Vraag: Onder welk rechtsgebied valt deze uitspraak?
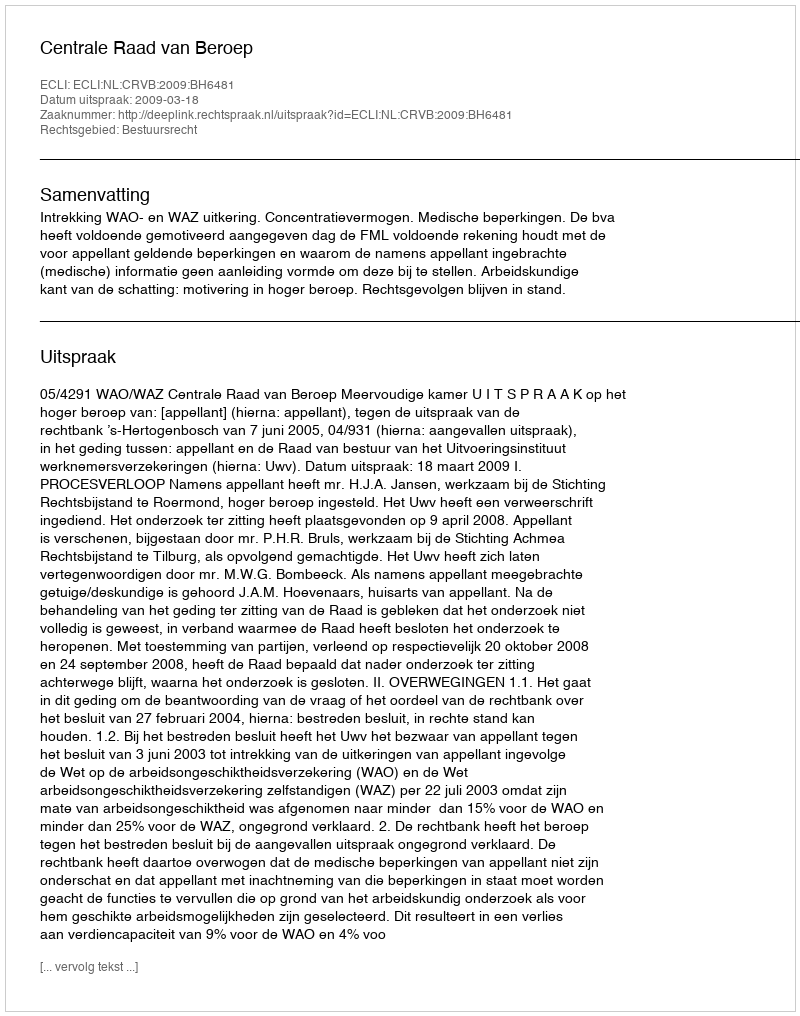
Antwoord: Bestuursrecht